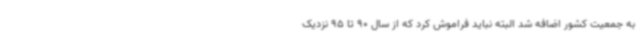
به جمعیت کشور اضافه شد البته نباید فراموش کرد که از سال 90 تا 95 نزدیک